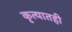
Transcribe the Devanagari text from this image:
कृत्यातही